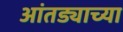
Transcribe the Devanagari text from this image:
आंतड्याच्या